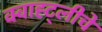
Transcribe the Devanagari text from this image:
क्वाह्ट्लीचे